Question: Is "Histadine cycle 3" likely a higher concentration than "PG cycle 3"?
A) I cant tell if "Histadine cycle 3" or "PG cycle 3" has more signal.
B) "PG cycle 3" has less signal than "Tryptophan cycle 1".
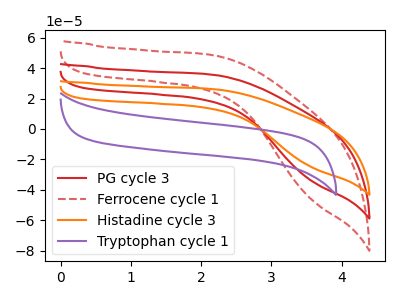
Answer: <think>The red curve "PG cycle 3" has no peaks. The red dashed curve "Ferrocene cycle 1" has no peaks. The orange curve "Histadine cycle 3" has no peaks. The purple curve "Tryptophan cycle 1" has no peaks.
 Neither "Histadine cycle 3" or "PG cycle 3" have any peaks.</think>
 <answer>A) I cant tell if "Histadine cycle 3" or "PG cycle 3" has more signal.</answer>
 <eval>A</eval>